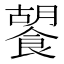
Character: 䭌